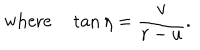
\mathrm { w h e r e } \tan \eta = { \frac { v } { r - u } } .